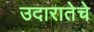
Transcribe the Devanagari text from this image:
उदारातेचे